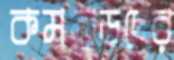
কমরেডদের